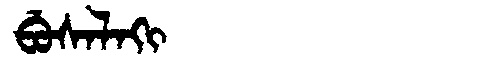
Manchu: ᠪᡠᠰᠠᠯᠠᡴᡳ
Romanization: BUSALAKI